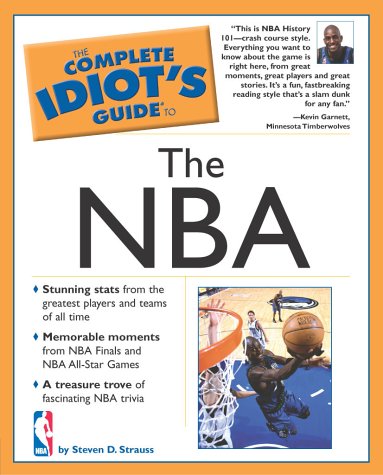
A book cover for The Complete Idiot's Guide to the NBA; Steven D. Strauss; Sports & Outdoors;